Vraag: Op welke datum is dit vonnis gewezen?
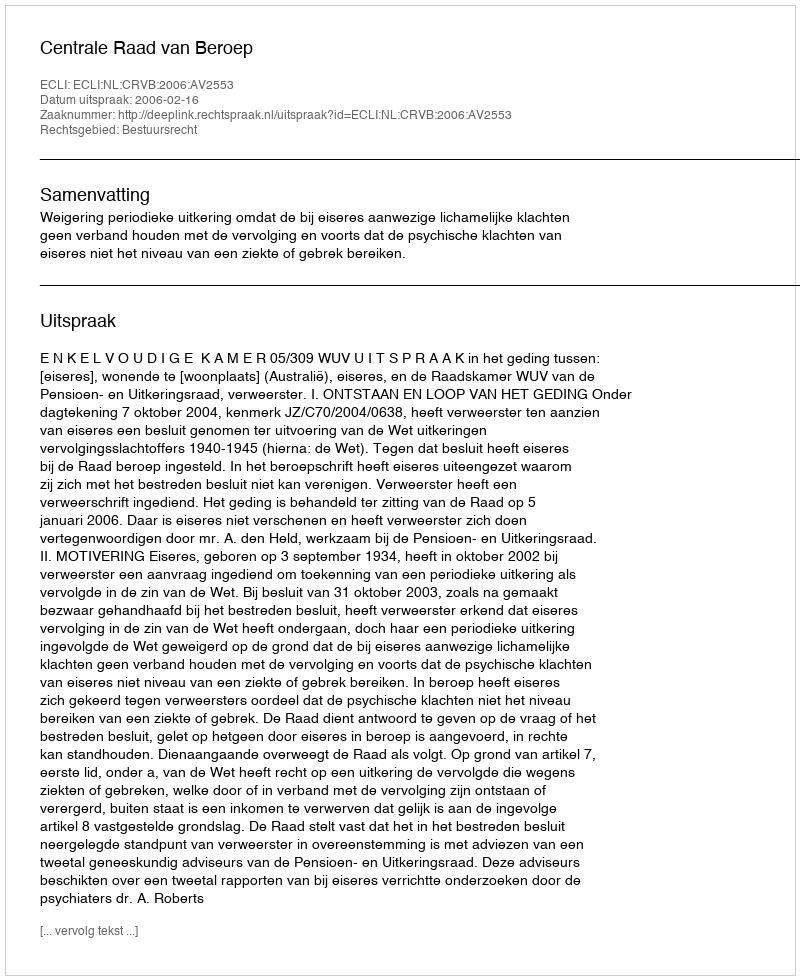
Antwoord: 2006-02-16